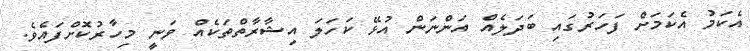
އެކަމު އެކަމަށް ފަހަރުގައި ބަދަލެއް އަންނަން އުޅޭ ކަހަލަ އިޝާރާތްތަކެއް ވަނީ މިހާރުކޮށްފައެވެ.